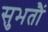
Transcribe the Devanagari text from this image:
सुभतौं